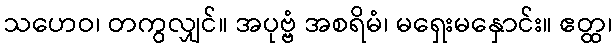
သဟေဝ၊ တကွလျှင်။ အပုဗ္ဗံ အစရိမံ၊ မရှေးမနှောင်း။ ဧတ္ထ၊